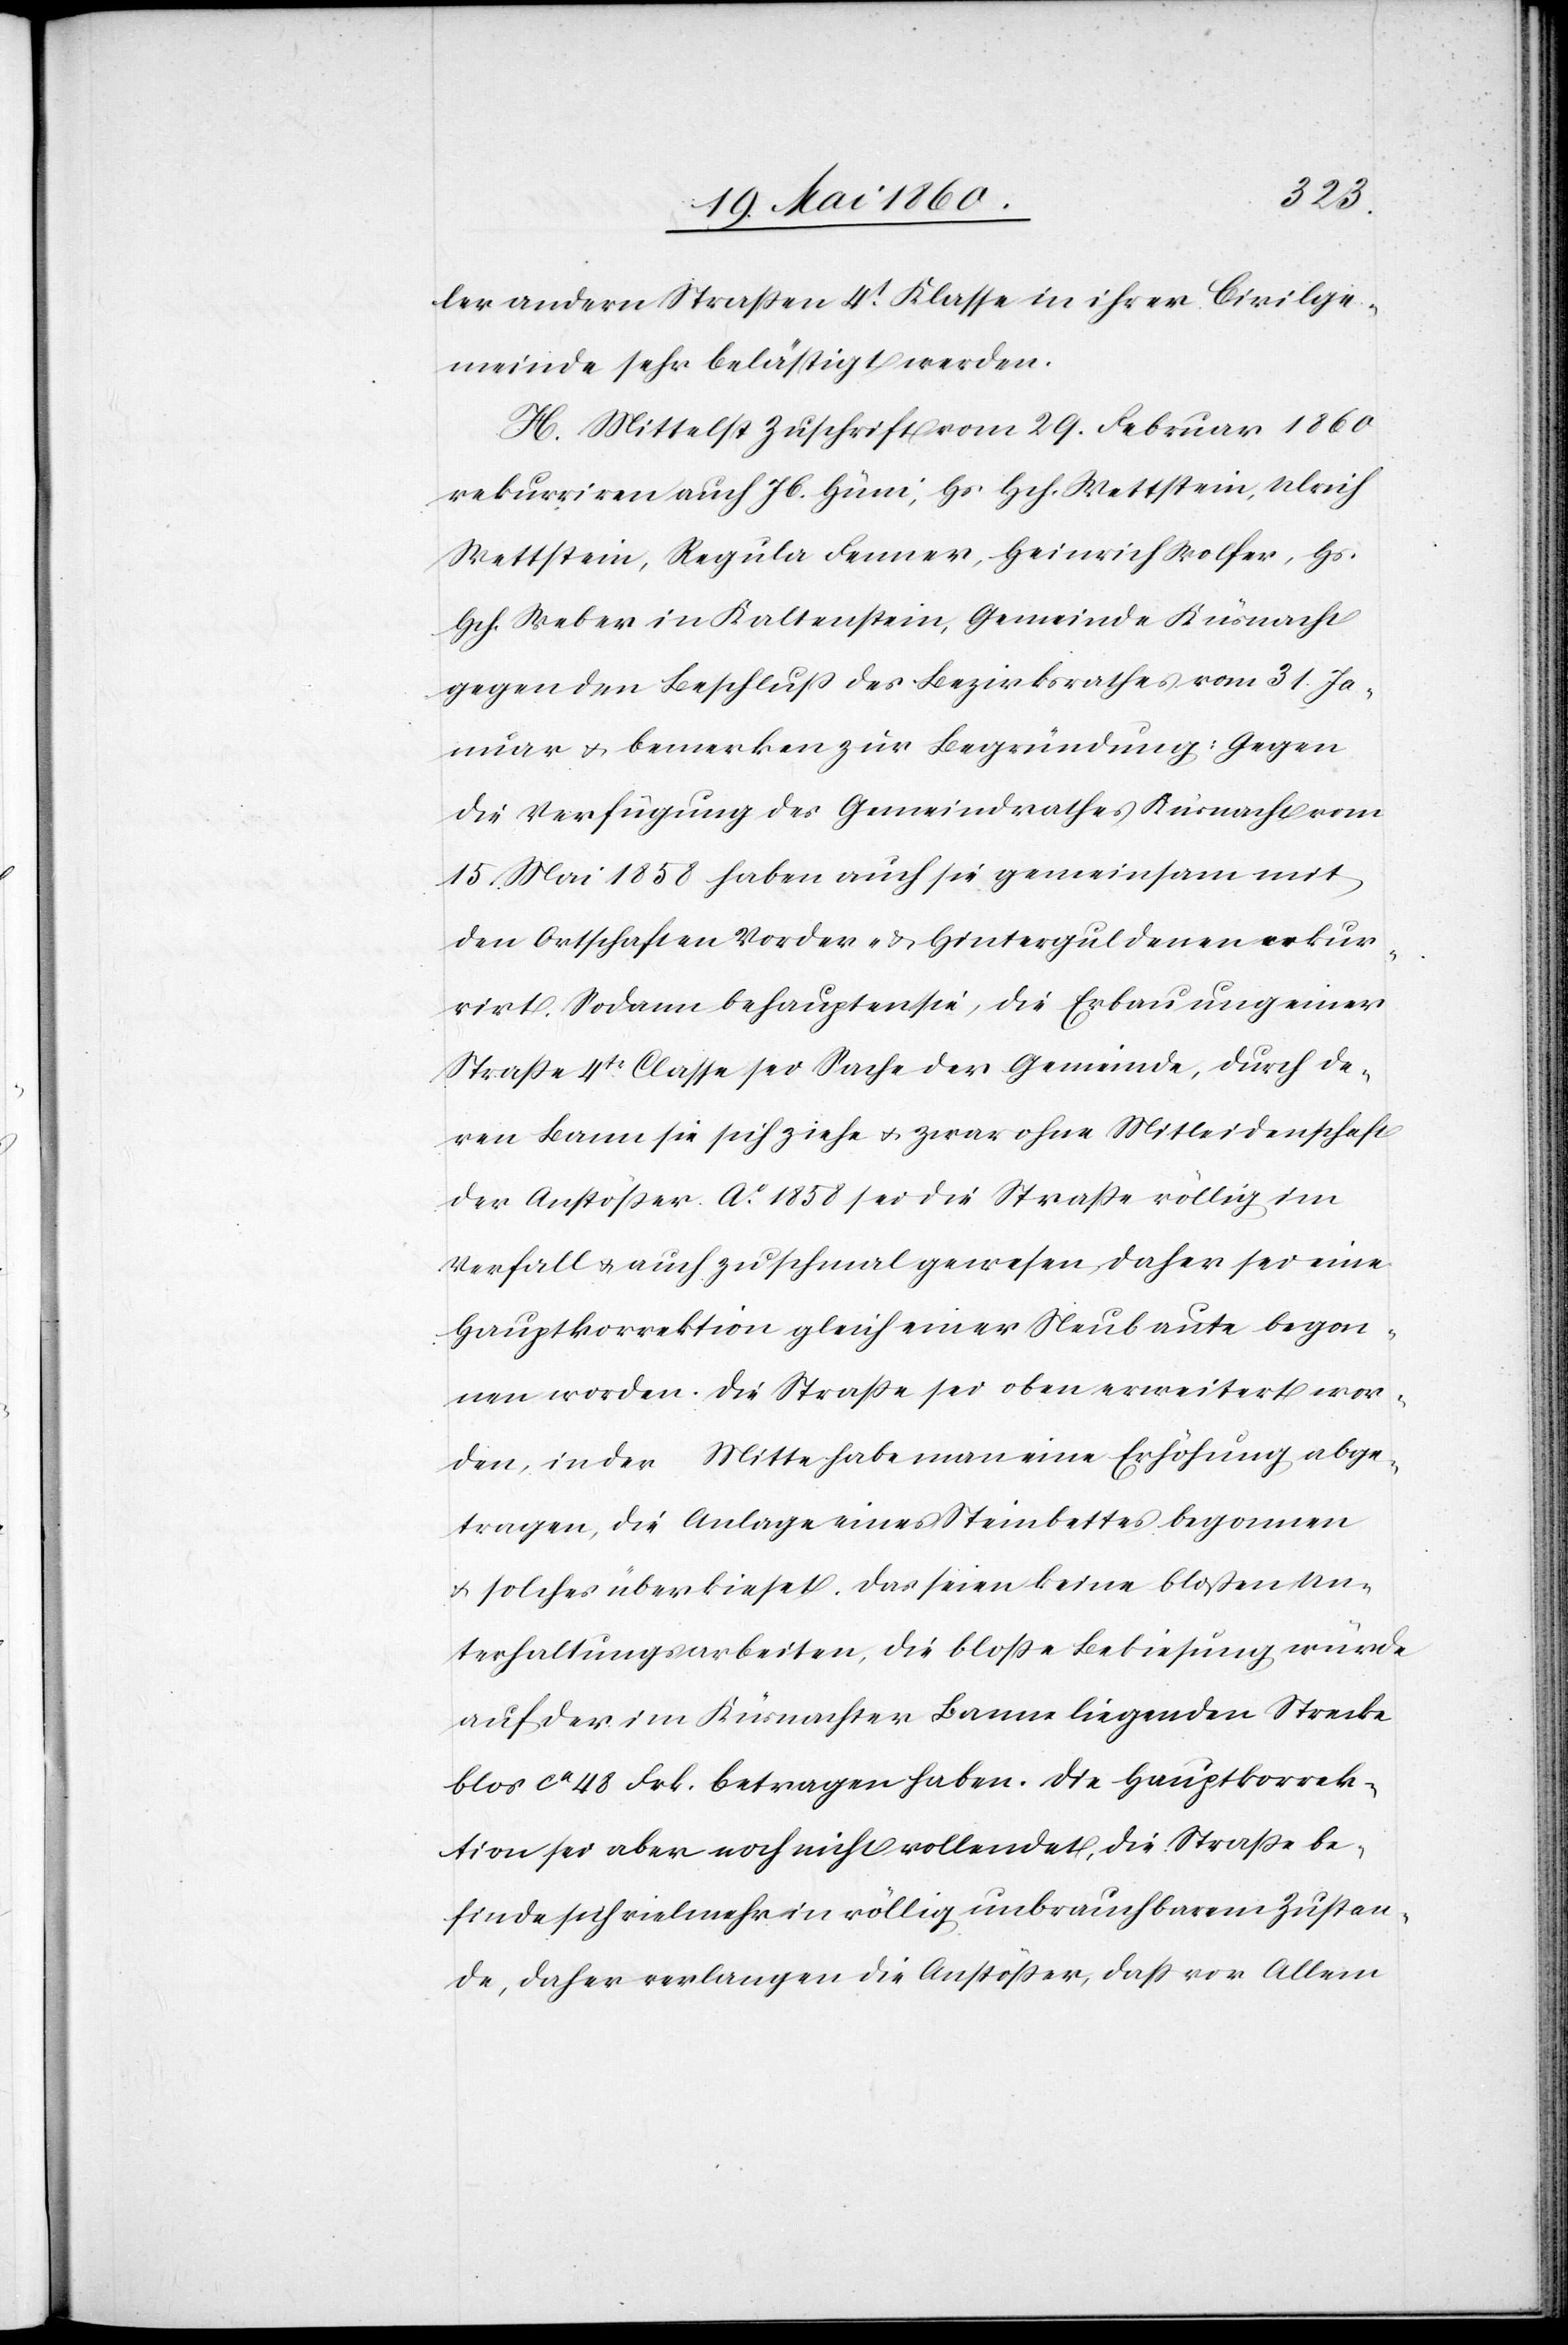
ler andern Strassen 4t Klasse in ihrer Civilge¬
meinde sehr belästigt werden.
H. Mittelst Zuschrift vom 29. Februar 1860
rekurriren auch Jb. Hüni, Hs. Hch. Wettstein, Ulrich
Wettstein, Regula Fenner, Heinrich Wolfer, Hs.
Hch. Weber in Kaltenstein, Gemeinde Küsnacht
gegen den Beschluss des Bezirksrathes vom 31. Ja¬
nuar u. bemerken zur Begründung: Gegen
die Verfügung des Gemeindrathes Küsnacht vom
15. Mai 1858 haben auch sie gemeinsam mit
den Ortschaften Vorder- u. Hinterguldenen rekur¬
rirt. Sodann behaupten sie, die Erbauung einer
Strasse 4tr Classe sei Sache der Gemeinde, durch de¬
ren Bann sie sich ziehe, u. zwar ohne Mitleidenschaft
der Anstößer. Ao 1858 sei die Strasse völlig im
Verfall u. auch zu schmal gewesen, daher sei eine
Hauptkorrektion gleich einer Neubaute begon¬
nen worden. Die Strasse sei oben erweitert wor¬
den, in der Mitte habe man eine Erhöhung abge¬
tragen, die Anlage eines Steinbettes begonnen
u. solches überkieset. Das seien keine blossen Un¬
terhaltungsarbeiten, die blosse Bekiesung würde
auf der im Küsnachter Banne liegenden Strecke
ca 48 Frk. betragen haben. Die Hauptkorrek¬
tion sei aber noch nicht vollendet, die Strasse be¬
finde sich vielmehr in völlig unbrauchbarem Zustan¬
de, daher verlangen die Anstösser, dass vor Allem